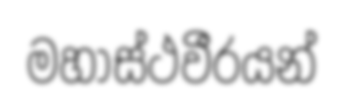
මහාස්ථවීරයන්